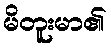
မိတူးမာ၏